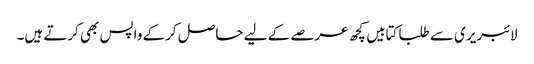
لائبریری سے طلبا کتابیں کچھ عرصے کے لیے حاصل کرکے واپس بھی کرتے ہیں۔